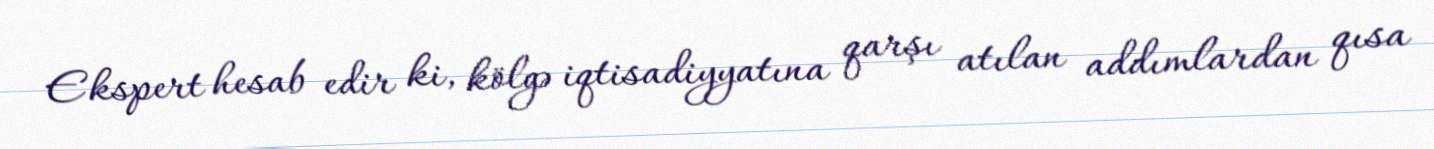
Ekspert hesab edir ki, kölgə iqtisadiyyatına qarşı atılan addımlardan qısa